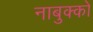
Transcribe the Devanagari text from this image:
नाबुक्को